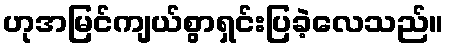
ဟုအမြင်ကျယ်စွာရှင်းပြခဲ့လေသည်။